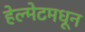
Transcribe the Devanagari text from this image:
हेल्मेटमधून